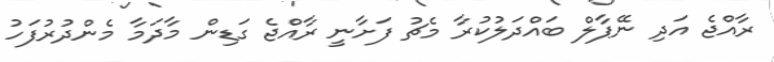
ރާއްޖެ އަދި ނޭޕާލް ބައްދަލުކުރާ މެޗު ފަށާނީ ރާއްޖެ ގަޑިން މާދަމާ މެންދުރުފަހު